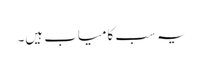
یہ سب کامیاب ہیں۔